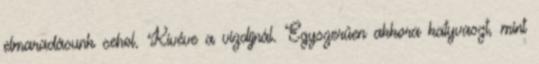
elmaradásunk sehol. Kivéve a vízdíjnál. Egyszerűen akkora katyvaszt, mint